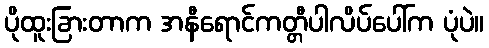
ပိုထူးခြားတာက အနီရောင်ကတ္တီပါလိပ်ပေါ်က ပုံပဲ။